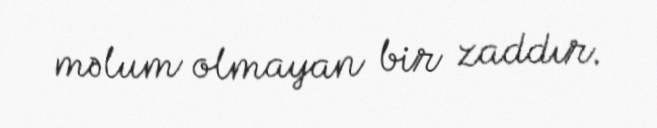
məlum olmayan bir zaddır.